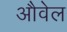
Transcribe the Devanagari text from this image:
औवेल